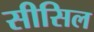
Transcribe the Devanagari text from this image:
सीसिल